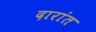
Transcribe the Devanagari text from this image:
दारांत